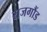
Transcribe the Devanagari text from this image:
राजगौंड